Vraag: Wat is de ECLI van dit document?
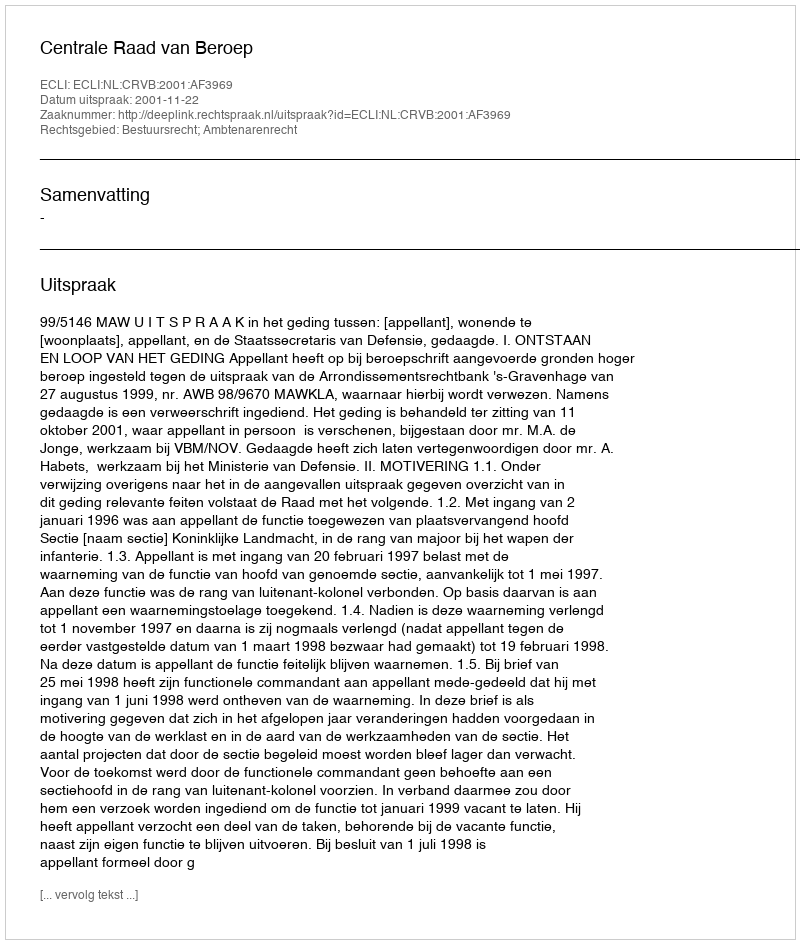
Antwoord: ECLI:NL:CRVB:2001:AF3969